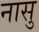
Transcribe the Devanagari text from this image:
नासु